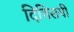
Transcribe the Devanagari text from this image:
दिविसयी